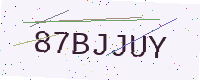
Text: 87BJJUY